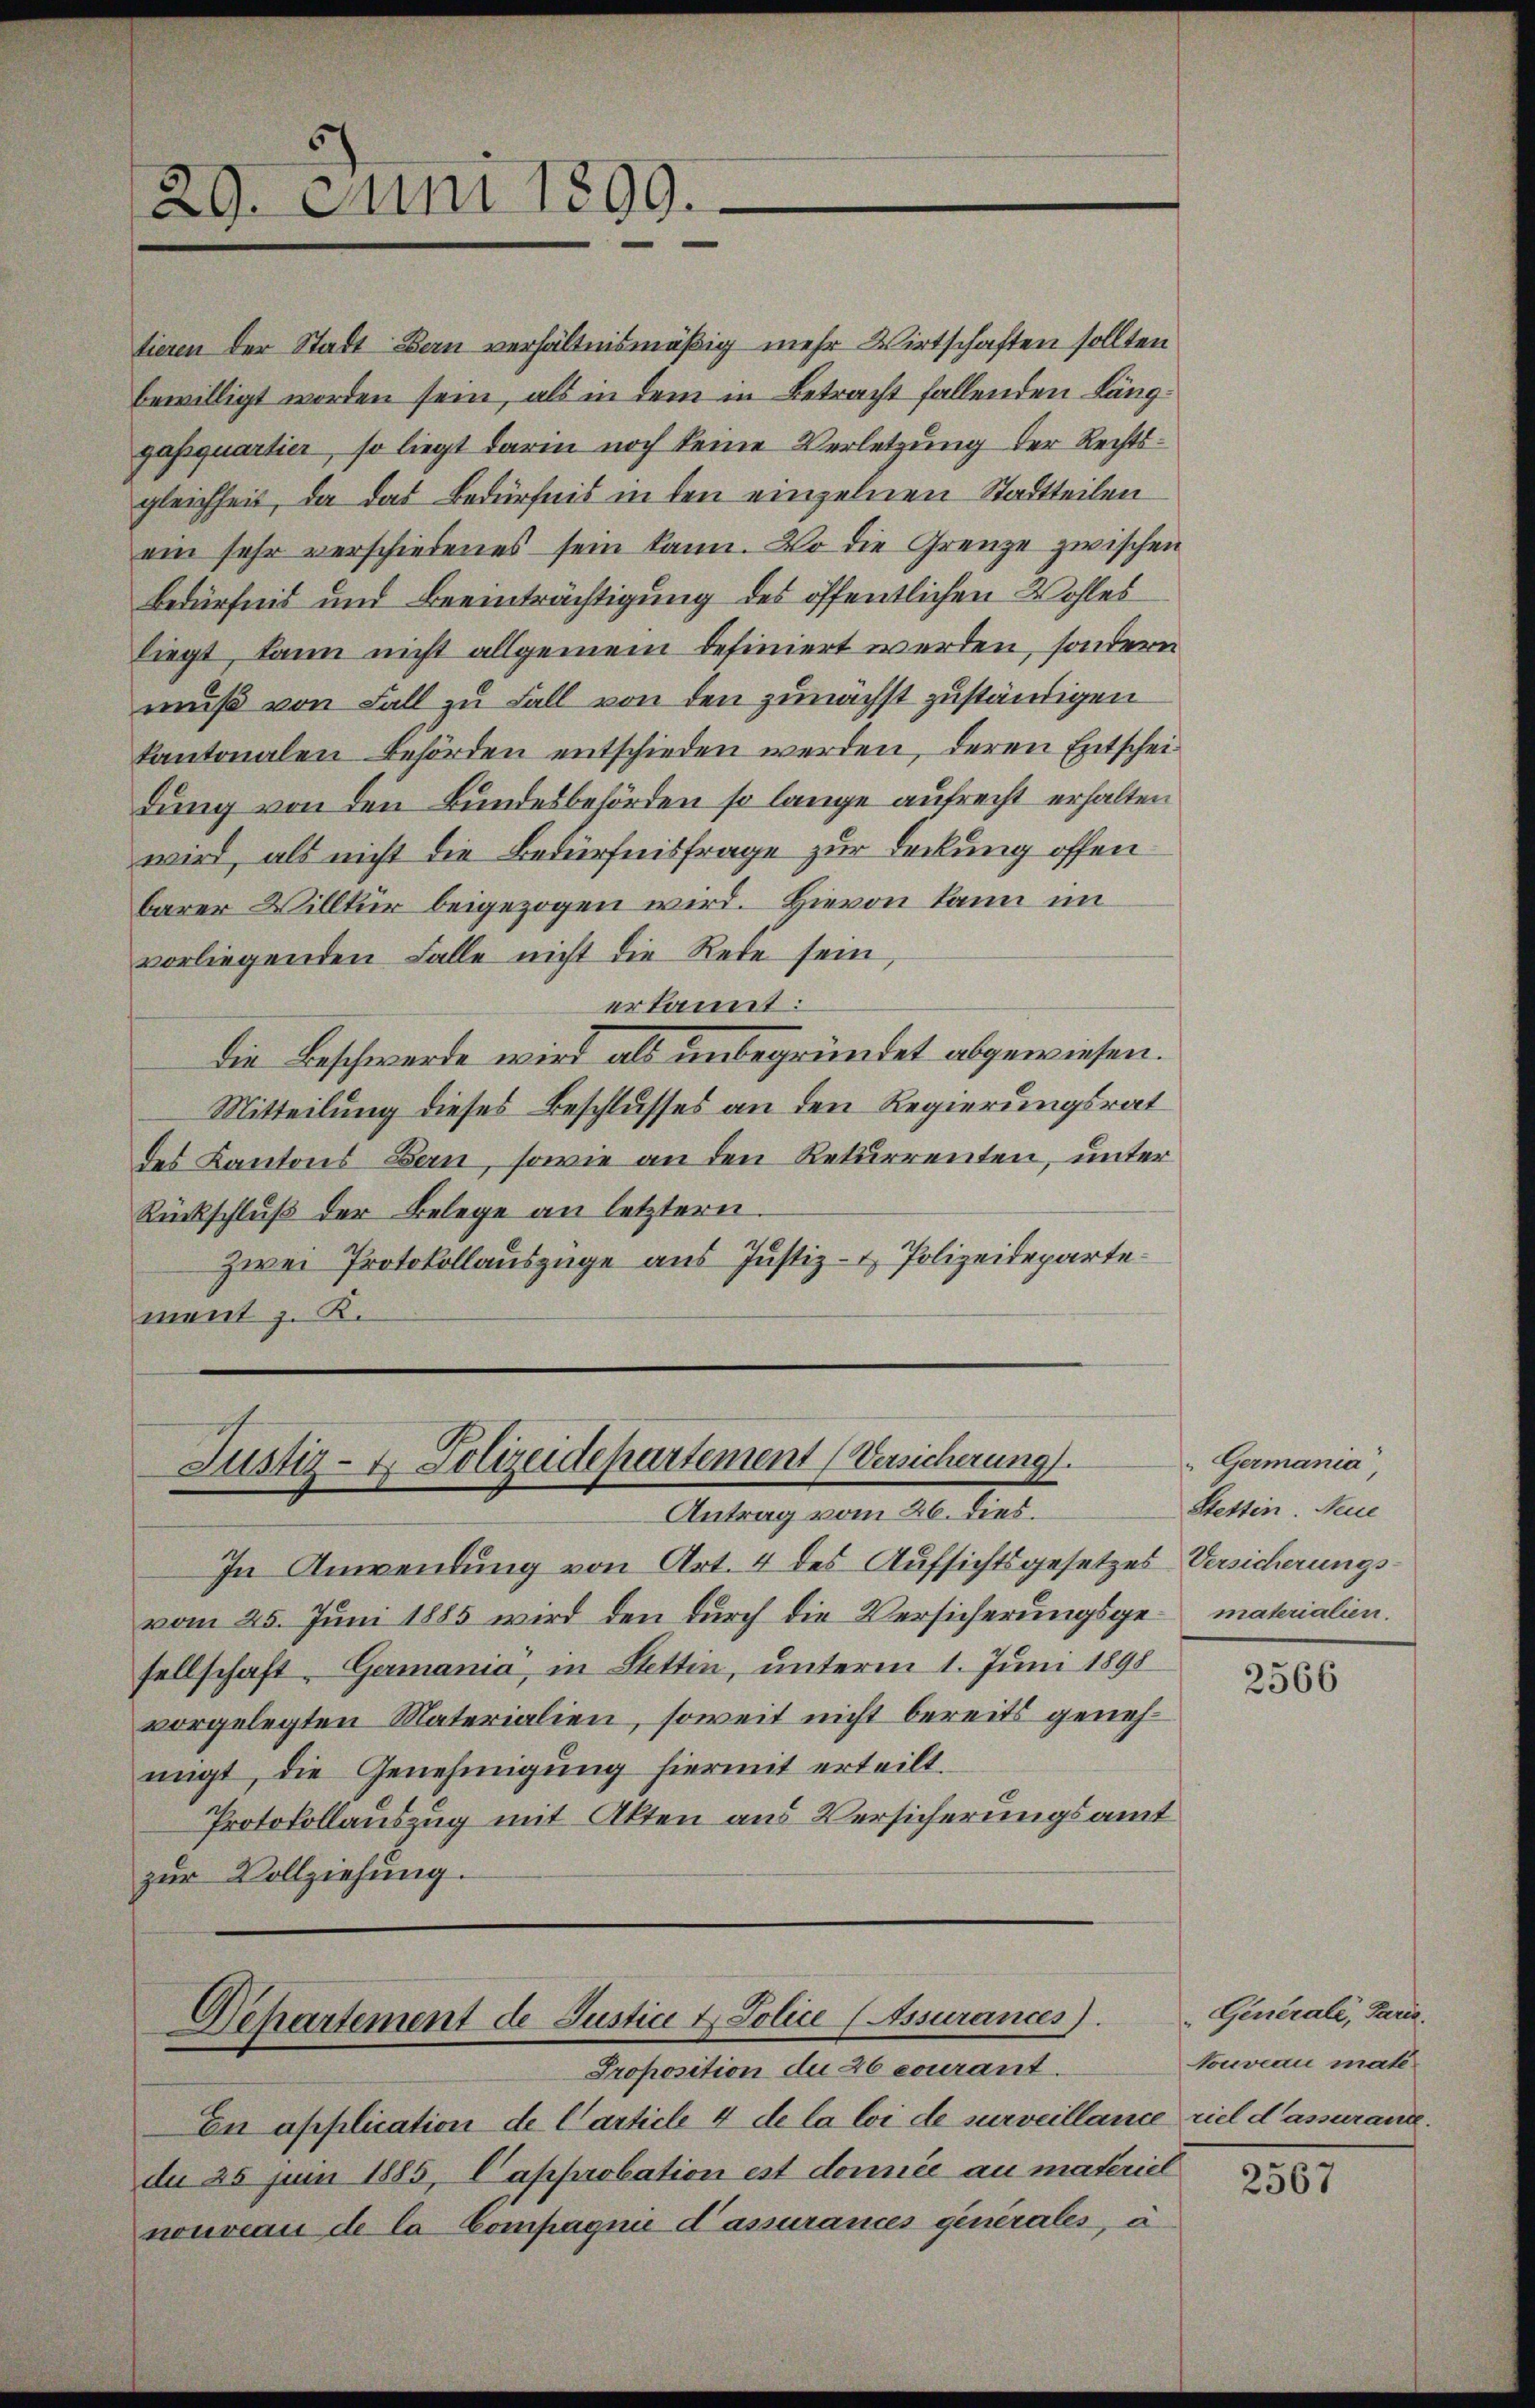
29. Juni 1899.

tieren der Stadt Bern verhältnismäßig mehr Wirtschaften sollten
bewilligt worden sein, als in dem in Betracht fallenden Länggasquartier, so liegt darin noch keine Verletzung der Rechtsgleichheit, da das Bedürfnis in den einzelnen Stadtteilen
ein sehr verschiedenes sein kann. Wo die Grenze zwischen
Bedürfnis und Beeinträchtigung des öffentlichen Wohles
liegt, kann nicht allgemein befiniert werden, sondern
muß von Fall zu Fall von den zunächst zuständigen
kantonalen Behörden entschieden werden, deren Entscheidung von den Bundesbehörden so lange aufrecht erhalten
wird, als nicht die Bedürfnisfrage zur Deckung offen
barer Willkür beigezogen wird. Hievon kann im
vorliegenden Falle nicht die Rede sein,
erkannt:
die Beschwerde wird als unbegründet abgewiesen.
Mitteilung dieses Beschlusses an den Regierungsrat
des Kantons Bern, sowie an den Rekurrenten, unter
Rückschluß der Belege an letztern
Zwei Protokollauszüge aus Justiz- & Polizeidepartement z. K.

Justiz- & Polizeidepartement (Versicherung.
Antrag vom 26. dies.

In Anwendung von Art. 4 des Aufsichtsgesetzes Versicherungsvom 25. Juni 1885 wird den durch die Versicherungsge- materialien.
sellschaft, Germania, in Stettin, unterm 1. Juni 1898
vorgelegten Materialien, soweit nicht bereits genehnigt, die Genehmigung hiermit erteilt.
Protokollauszug mit Akten aus Versicherungsamt
zur Vollziehung.

Departement de Justiz & Police (Assurances).
Proposition du 26 courant.

En application de Carticle 4 de la loi de surveillance viel d’assuranz.
du 25 Juin 1885, Capprobation est donnée au materiel
nouveau de la Compagnie d’assurances generales, u

Germania
Stettin. Neue

2566

Generale, Paris.
Nouveau mate

2567